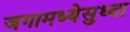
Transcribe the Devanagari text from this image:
जगामध्येसुध्दा